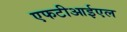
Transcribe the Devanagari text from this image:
एफटीआईएल